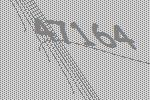
47164